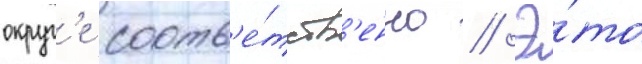
округ'е соотв'е́тств'енно // Э́то